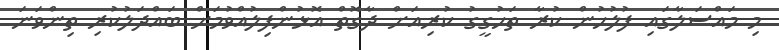
މި މައްސަލާގައި ފުލުހުން ކުރާ ތަހުގީގު ކުރިއަށް ދާގޮތް އޮޅުންފިލުއްވުމަށް ބައްދަލުކުރި ތިންވަނަ